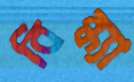
বিন্ধ্যা